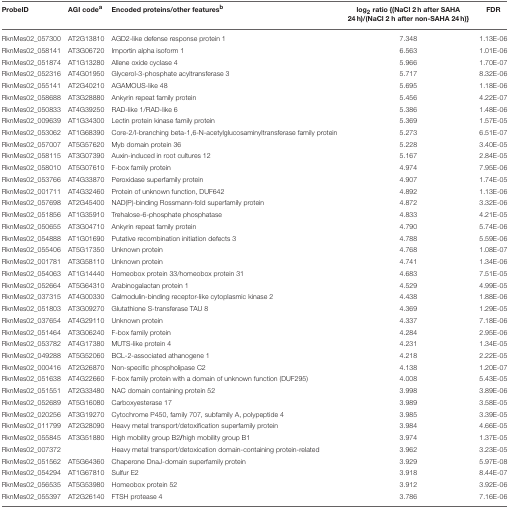
<table><thead><tr><td><b>ProbeID</b></td><td><b>AGI code<sup>a</sup></b></td><td><b>Encoded proteins/other features<sup>b</sup></b></td><td><b>log<sub>2</sub> ratio {(NaCl 2 h after SAHA 24 h)/(NaCl 2 h after non-SAHA 24 h)}</b></td><td><b>FDR</b></td></tr></thead><tbody><tr><td>RknMes02_057300</td><td>AT2G13810</td><td>AGD2-like defense response protein 1</td><td>7.348</td><td>1.13E-06</td></tr><tr><td>RknMes02_058141</td><td>AT3G06720</td><td>Importin alpha isoform 1</td><td>6.563</td><td>1.01E-06</td></tr><tr><td>RknMes02_051874</td><td>AT1G13280</td><td>Allene oxide cyclase 4</td><td>5.966</td><td>1.70E-07</td></tr><tr><td>RknMes02_052316</td><td>AT4G01950</td><td>Glycerol-3-phosphate acyltransferase 3</td><td>5.717</td><td>8.32E-06</td></tr><tr><td>RknMes02_055141</td><td>AT2G40210</td><td>AGAMOUS-like 48</td><td>5.695</td><td>1.18E-06</td></tr><tr><td>RknMes02_058688</td><td>AT3G28880</td><td>Ankyrin repeat family protein</td><td>5.456</td><td>4.22E-07</td></tr><tr><td>RknMes02_050833</td><td>AT4G39250</td><td>RAD-like 1/RAD-like 6</td><td>5.386</td><td>1.48E-06</td></tr><tr><td>RknMes02_009639</td><td>AT1G34300</td><td>Lectin protein kinase family protein</td><td>5.369</td><td>1.57E-05</td></tr><tr><td>RknMes02_053062</td><td>AT1G68390</td><td>Core-2/I-branching beta-1,6-N-acetylglucosaminyltransferase family protein</td><td>5.273</td><td>6.51E-07</td></tr><tr><td>RknMes02_057007</td><td>AT5G57620</td><td>Myb domain protein 36</td><td>5.228</td><td>3.40E-05</td></tr><tr><td>RknMes02_058115</td><td>AT3G07390</td><td>Auxin-induced in root cultures 12</td><td>5.167</td><td>2.84E-05</td></tr><tr><td>RknMes02_058010</td><td>AT5G07610</td><td>F-box family protein</td><td>4.974</td><td>7.95E-06</td></tr><tr><td>RknMes02_053766</td><td>AT4G33870</td><td>Peroxidase superfamily protein</td><td>4.907</td><td>1.74E-05</td></tr><tr><td>RknMes02_001711</td><td>AT4G32460</td><td>Protein of unknown function, DUF642</td><td>4.892</td><td>1.13E-06</td></tr><tr><td>RknMes02_057698</td><td>AT2G45400</td><td>NAD(P)-binding Rossmann-fold superfamily protein</td><td>4.872</td><td>3.32E-06</td></tr><tr><td>RknMes02_051856</td><td>AT1G35910</td><td>Trehalose-6-phosphate phosphatase</td><td>4.833</td><td>4.21E-05</td></tr><tr><td>RknMes02_050655</td><td>AT3G04710</td><td>Ankyrin repeat family protein</td><td>4.790</td><td>5.74E-06</td></tr><tr><td>RknMes02_054888</td><td>AT1G01690</td><td>Putative recombination initiation defects 3</td><td>4.788</td><td>5.59E-06</td></tr><tr><td>RknMes02_055406</td><td>AT5G17350</td><td>Unknown protein</td><td>4.768</td><td>1.08E-07</td></tr><tr><td>RknMes02_001781</td><td>AT3G58110</td><td>Unknown protein</td><td>4.741</td><td>1.34E-06</td></tr><tr><td>RknMes02_054063</td><td>AT1G14440</td><td>Homeobox protein 33/homeobox protein 31</td><td>4.683</td><td>7.51E-05</td></tr><tr><td>RknMes02_052664</td><td>AT5G64310</td><td>Arabinogalactan protein 1</td><td>4.529</td><td>4.99E-05</td></tr><tr><td>RknMes02_037315</td><td>AT4G00330</td><td>Calmodulin-binding receptor-like cytoplasmic kinase 2</td><td>4.438</td><td>1.88E-06</td></tr><tr><td>RknMes02_051803</td><td>AT3G09270</td><td>Glutathione S-transferase TAU 8</td><td>4.369</td><td>1.29E-05</td></tr><tr><td>RknMes02_037654</td><td>AT4G29110</td><td>Unknown protein</td><td>4.337</td><td>7.18E-06</td></tr><tr><td>RknMes02_051464</td><td>AT3G06240</td><td>F-box family protein</td><td>4.284</td><td>2.95E-06</td></tr><tr><td>RknMes02_053782</td><td>AT4G17380</td><td>MUTS-like protein 4</td><td>4.231</td><td>1.34E-05</td></tr><tr><td>RknMes02_049288</td><td>AT5G52060</td><td>BCL-2-associated athanogene 1</td><td>4.218</td><td>2.22E-05</td></tr><tr><td>RknMes02_000416</td><td>AT2G26870</td><td>Non-specific phospholipase C2</td><td>4.138</td><td>1.20E-07</td></tr><tr><td>RknMes02_051638</td><td>AT4G22660</td><td>F-box family protein with a domain of unknown function (DUF295)</td><td>4.008</td><td>5.43E-05</td></tr><tr><td>RknMes02_051551</td><td>AT2G33480</td><td>NAC domain containing protein 52</td><td>3.998</td><td>3.89E-06</td></tr><tr><td>RknMes02_052689</td><td>AT5G16080</td><td>Carboxyesterase 17</td><td>3.989</td><td>3.58E-05</td></tr><tr><td>RknMes02_020256</td><td>AT3G19270</td><td>Cytochrome P450, family 707, subfamily A, polypeptide 4</td><td>3.985</td><td>3.39E-05</td></tr><tr><td>RknMes02_011799</td><td>AT2G28090</td><td>Heavy metal transport/detoxification superfamily protein</td><td>3.984</td><td>4.66E-05</td></tr><tr><td>RknMes02_055845</td><td>AT3G51880</td><td>High mobility group B2<b>/</b>high mobility group B1</td><td>3.974</td><td>1.37E-05</td></tr><tr><td>RknMes02_007372</td><td></td><td>Heavy metal transport/detoxication domain-containing protein-related</td><td>3.962</td><td>3.23E-05</td></tr><tr><td>RknMes02_051562</td><td>AT5G64360</td><td>Chaperone DnaJ-domain superfamily protein</td><td>3.929</td><td>5.97E-08</td></tr><tr><td>RknMes02_054294</td><td>AT1G67810</td><td>Sulfur E2</td><td>3.918</td><td>8.44E-07</td></tr><tr><td>RknMes02_056535</td><td>AT5G53980</td><td>Homeobox protein 52</td><td>3.912</td><td>3.92E-06</td></tr><tr><td>RknMes02_055397</td><td>AT2G26140</td><td>FTSH protease 4</td><td>3.786</td><td>7.16E-06</td></tr></tbody></table>